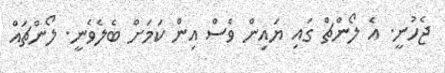
ޖެހުނީ. އެ ލޯންޗް ގައި ޔައިން ވެސް އިން ކަމަށް ބެލެވެނީ. ލޯންޗައް